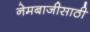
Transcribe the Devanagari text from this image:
नेमबाजीसाठी